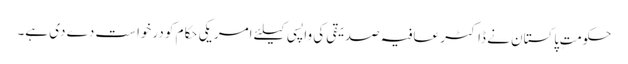
حکومتِ پاکستان نے ڈاکٹر عافیہ صدیقی کی واپسی کیلئے امریکی حکام کو درخواست دے دی ہے۔